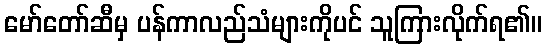
မော်တော်ဆီမှ ပန်ကာလည်သံများကိုပင် သူကြားလိုက်ရ၏။